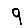
Digit: 9